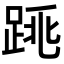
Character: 𨁓